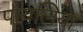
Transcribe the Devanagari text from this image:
पायलिया